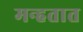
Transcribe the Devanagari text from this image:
मन्हतात